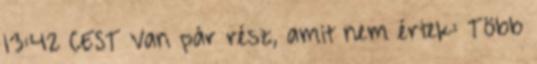
13:42 CEST Van pár rész, amit nem értek: Több